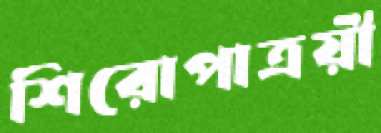
শিরোপাত্রয়ী